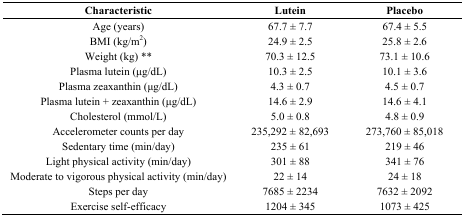
| Characteristic | Lutein | Placebo |
 | --- | --- | --- |
 | Age (years) | 67.7 ± 7.7 | 67.4 ± 5.5 |
 | BMI (kg/m2) | 24.9 ± 2.5 | 25.8 ± 2.6 |
 | Weight (kg) ** | 70.3 ± 12.5 | 73.1 ± 10.6 |
 | Plasma lutein (μg/dL) | 10.3 ± 2.5 | 10.1 ± 3.6 |
 | Plasma zeaxanthin (μg/dL) | 4.3 ± 0.7 | 4.5 ± 0.7 |
 | Plasma lutein + zeaxanthin (μg/dL) | 14.6 ± 2.9 | 14.6 ± 4.1 |
 | Cholesterol (mmol/L) | 5.0 ± 0.8 | 4.8 ± 0.9 |
 | Accelerometer counts per day | 235,292 ± 82,693 | 273,760 ± 85,018 |
 | Sedentary time (min/day) | 235 ± 61 | 219 ± 46 |
 | Light physical activity (min/day) | 301 ± 88 | 341 ± 76 |
 | Moderate to vigorous physical activity (min/day) | 22 ± 14 | 24 ± 18 |
 | Steps per day | 7685 ± 2234 | 7632 ± 2092 |
 | Exercise self-efficacy | 1204 ± 345 | 1073 ± 425 |